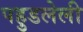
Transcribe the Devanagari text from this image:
पहुडलेली